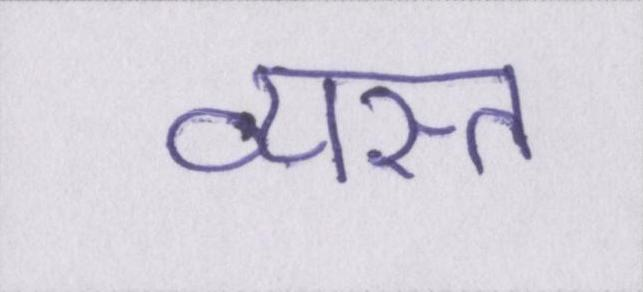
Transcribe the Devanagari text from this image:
व्यस्त